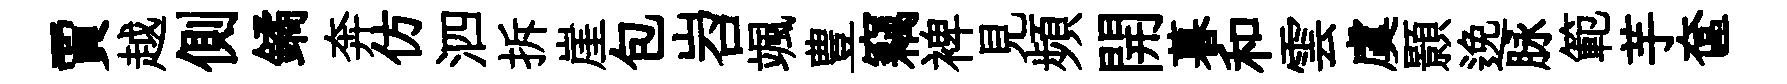
賈越側鐍奔仿泗拆崖包岧颯豊竊裨見頻開暮和雲虞顥𨓜脉範芋奩